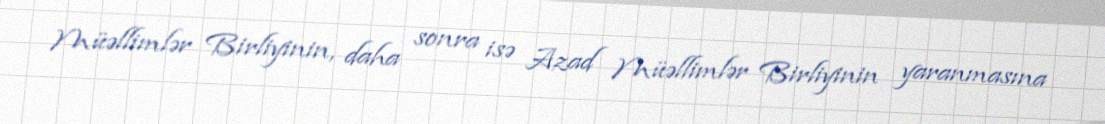
Müəllimlər Birliyinin, daha sonra isə Azad Müəllimlər Birliyinin yaranmasına